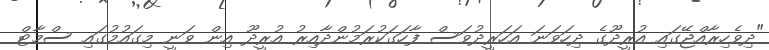
"ދިވެހިރާއްޖޭގައި އުރީދޫގެ ދިހަވަނަ އަހަރީދުވަސް ފާހަގަކުރަމުންދާއިރު އުރީދޫ އިން ވަނީ މިގައުމުގައި ސްމާޓް